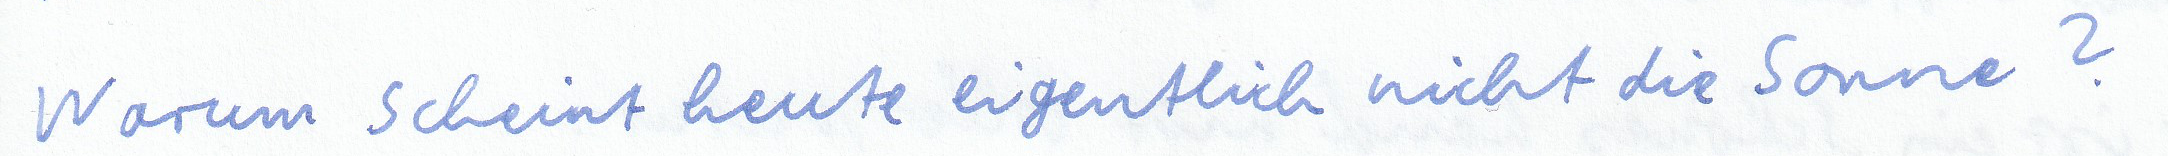
Warum scheint heute eigentlich nicht die Sonne?